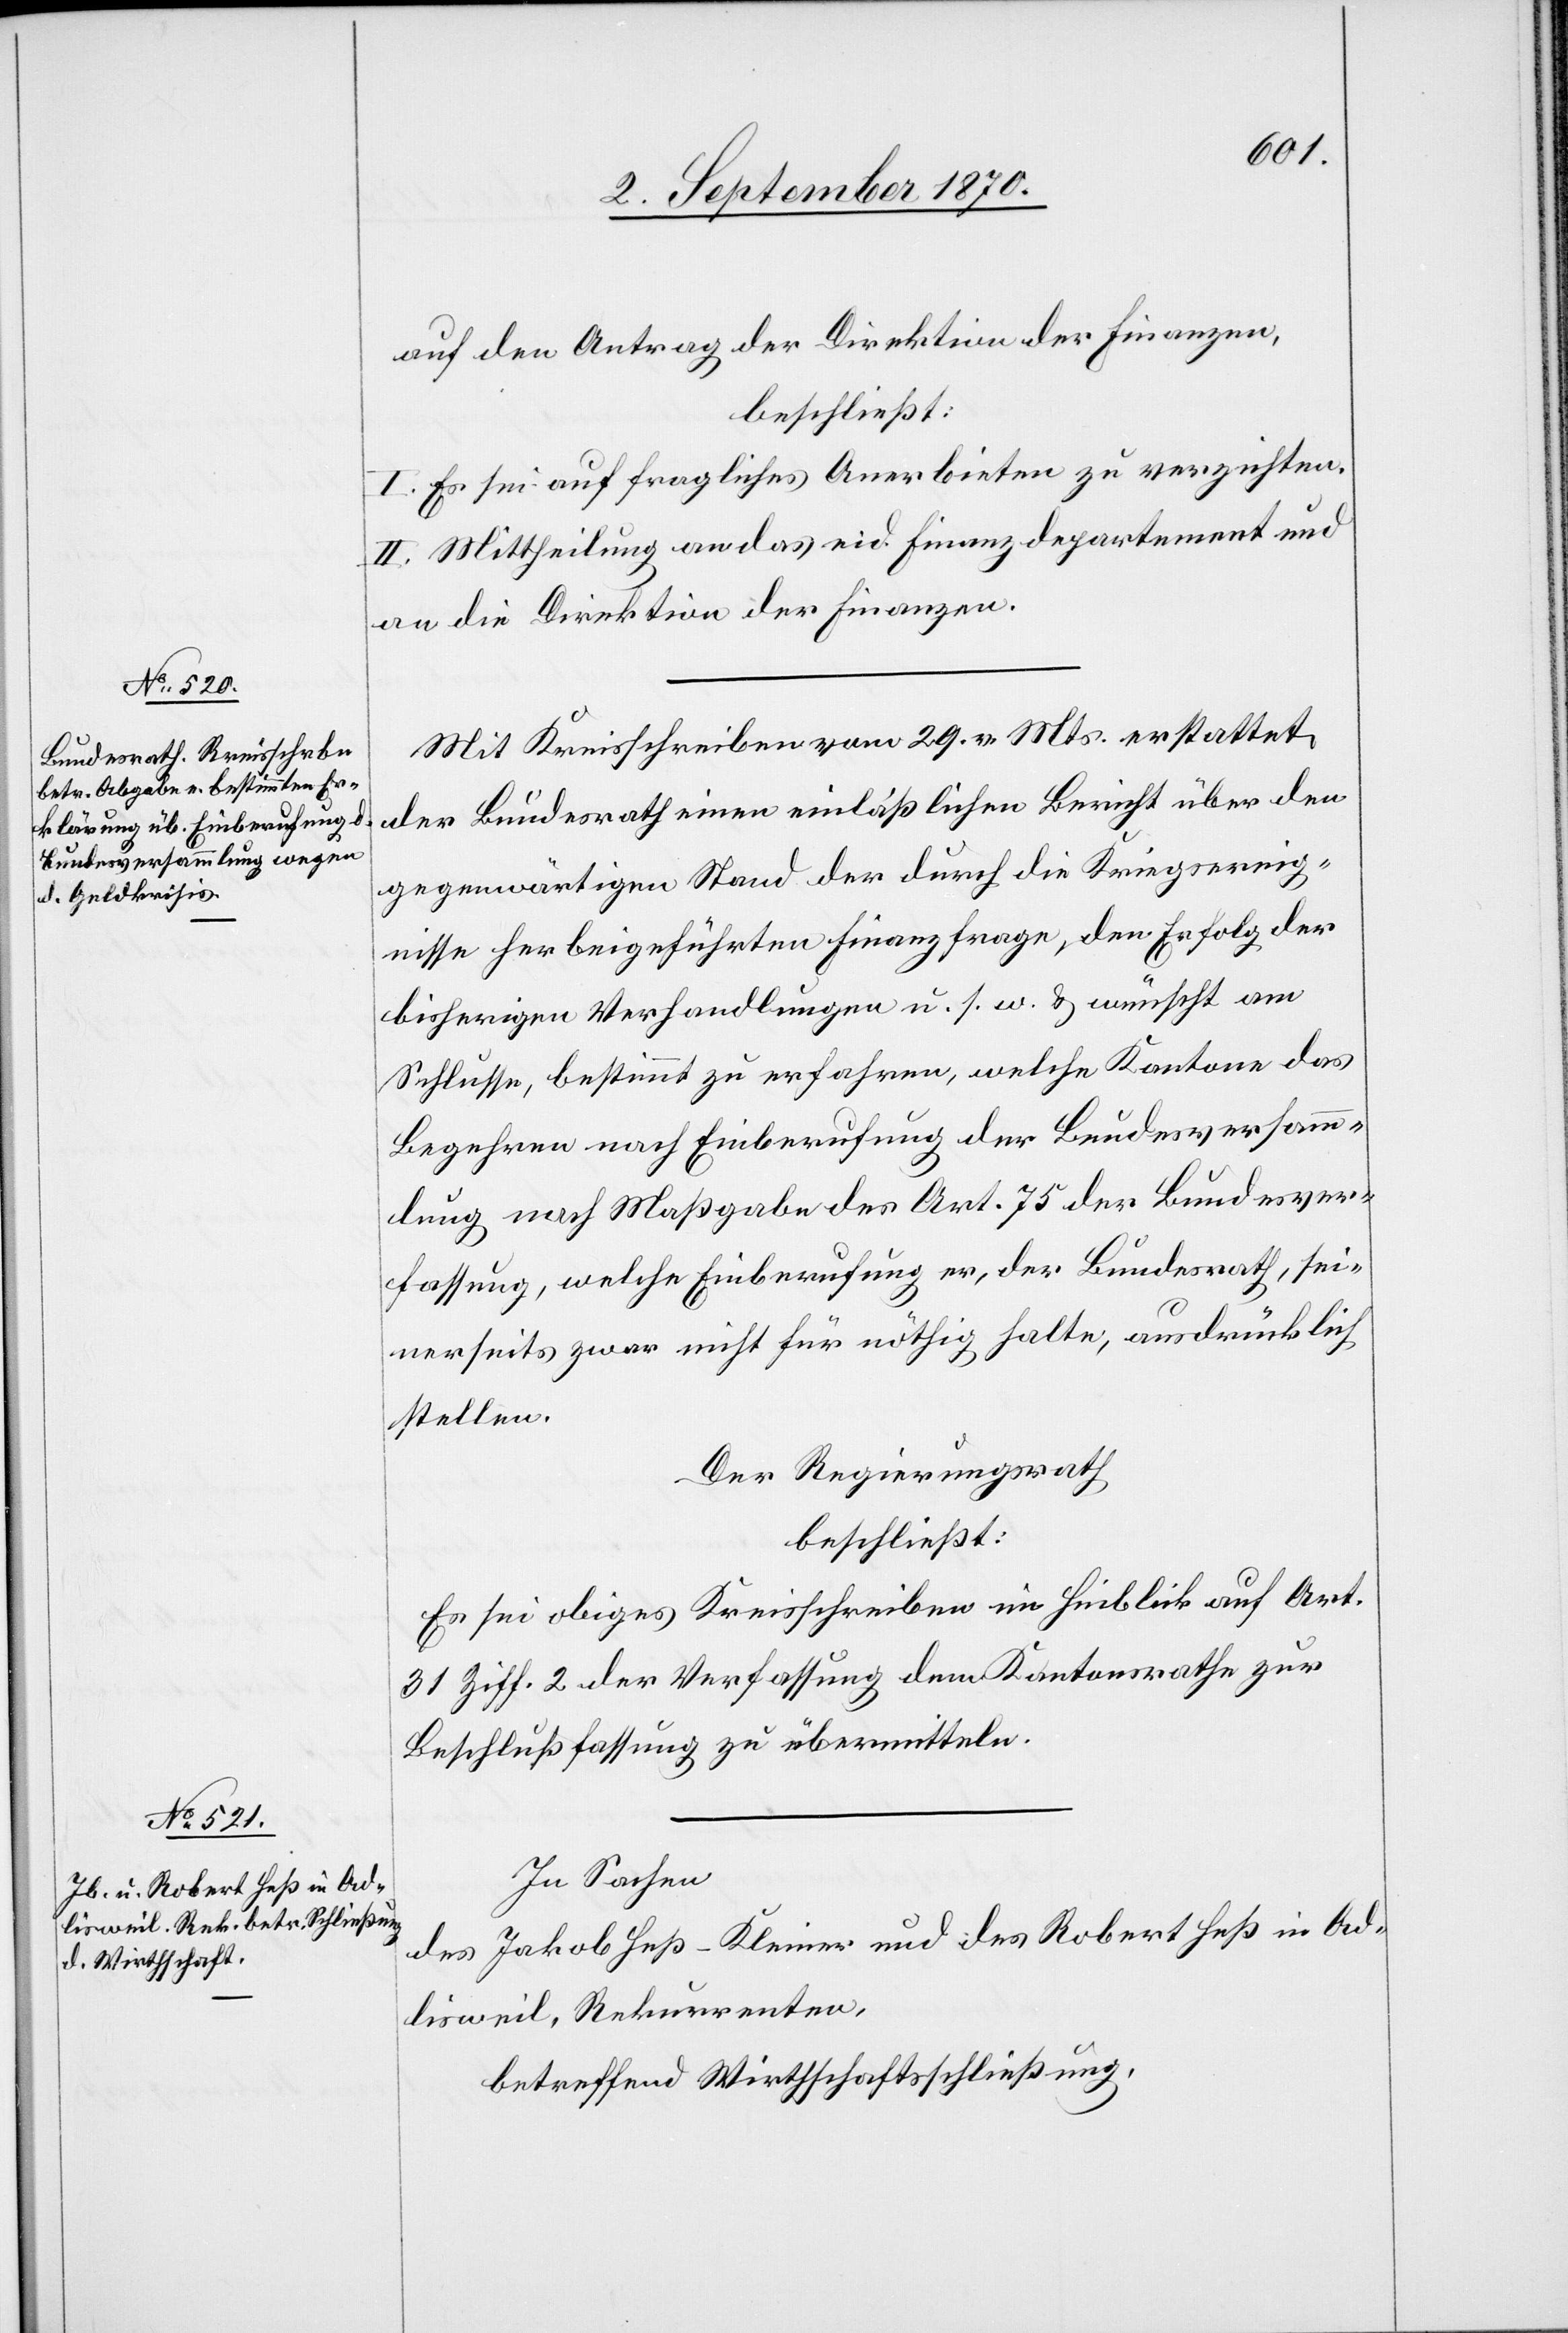
auf den Antrag der Direktion der Finanzen,
beschließt:
I. Es sei auf fragliches Anerbieten zu verzichten.
II. Mittheilung an das eid. Finanzdepartement und
an die Direktion der Finanzen.
Mit Kreisschreiben vom 29. v. Mts. erstattet
der Bundesrath einen einläßlichen Bericht über den
gegenwärtigen Stand der durch die Kriegsereig¬
nisse herbeigeführten Finanzfrage, den Erfolg der
bisherigen Verhandlungen u. s. w. & wünscht am
Schlusse, bestimmt zu erfahren, welche Kantone das
Begehren nach Einberufung der Bundesversamm¬
lung nach Maßgabe des Art. 75 der Bundesver¬
fassung, welche Einberufung er, der Bundesrath, sei¬
nerseits zwar nicht für nöthig halte, ausdrücklich
stellen.
Der Regierungsrath
beschließt:
Es sei obiges Kreisschreiben im Hinblick auf Art.
31 Ziff. 2 der Verfassung dem Kantonsrathe zur
Beschlußfassung zu übermitteln.
In Sachen
des Jakob Heß-Kleiner und des Robert Heß in Ad¬
lisweil, Rekurrenten,
betreffend Wirthschaftsschließung,